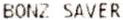
BONZ SAVER